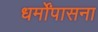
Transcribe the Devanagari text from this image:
धर्मोंपासना